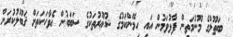
' ބަތޫލްގެ މޫނުމަތިން ފާޅުވަމުން އައި ހިމޭންކަމުގެ ޝުޢޫރުތަކުގެ ސަބަބުން އެވާހަކަތަށް ޤަބޫލުކުރަން